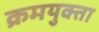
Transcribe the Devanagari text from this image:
क्रमयुक्ता